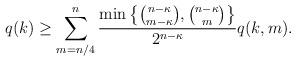
LaTeX: \begin{align*}q(k) \ge \sum_{m=n/4}^n \frac{\min\left\{ {n-\kappa \choose m-\kappa}, {n-\kappa \choose m}\right\}}{2^{n-\kappa}} q(k,m).\end{align*}